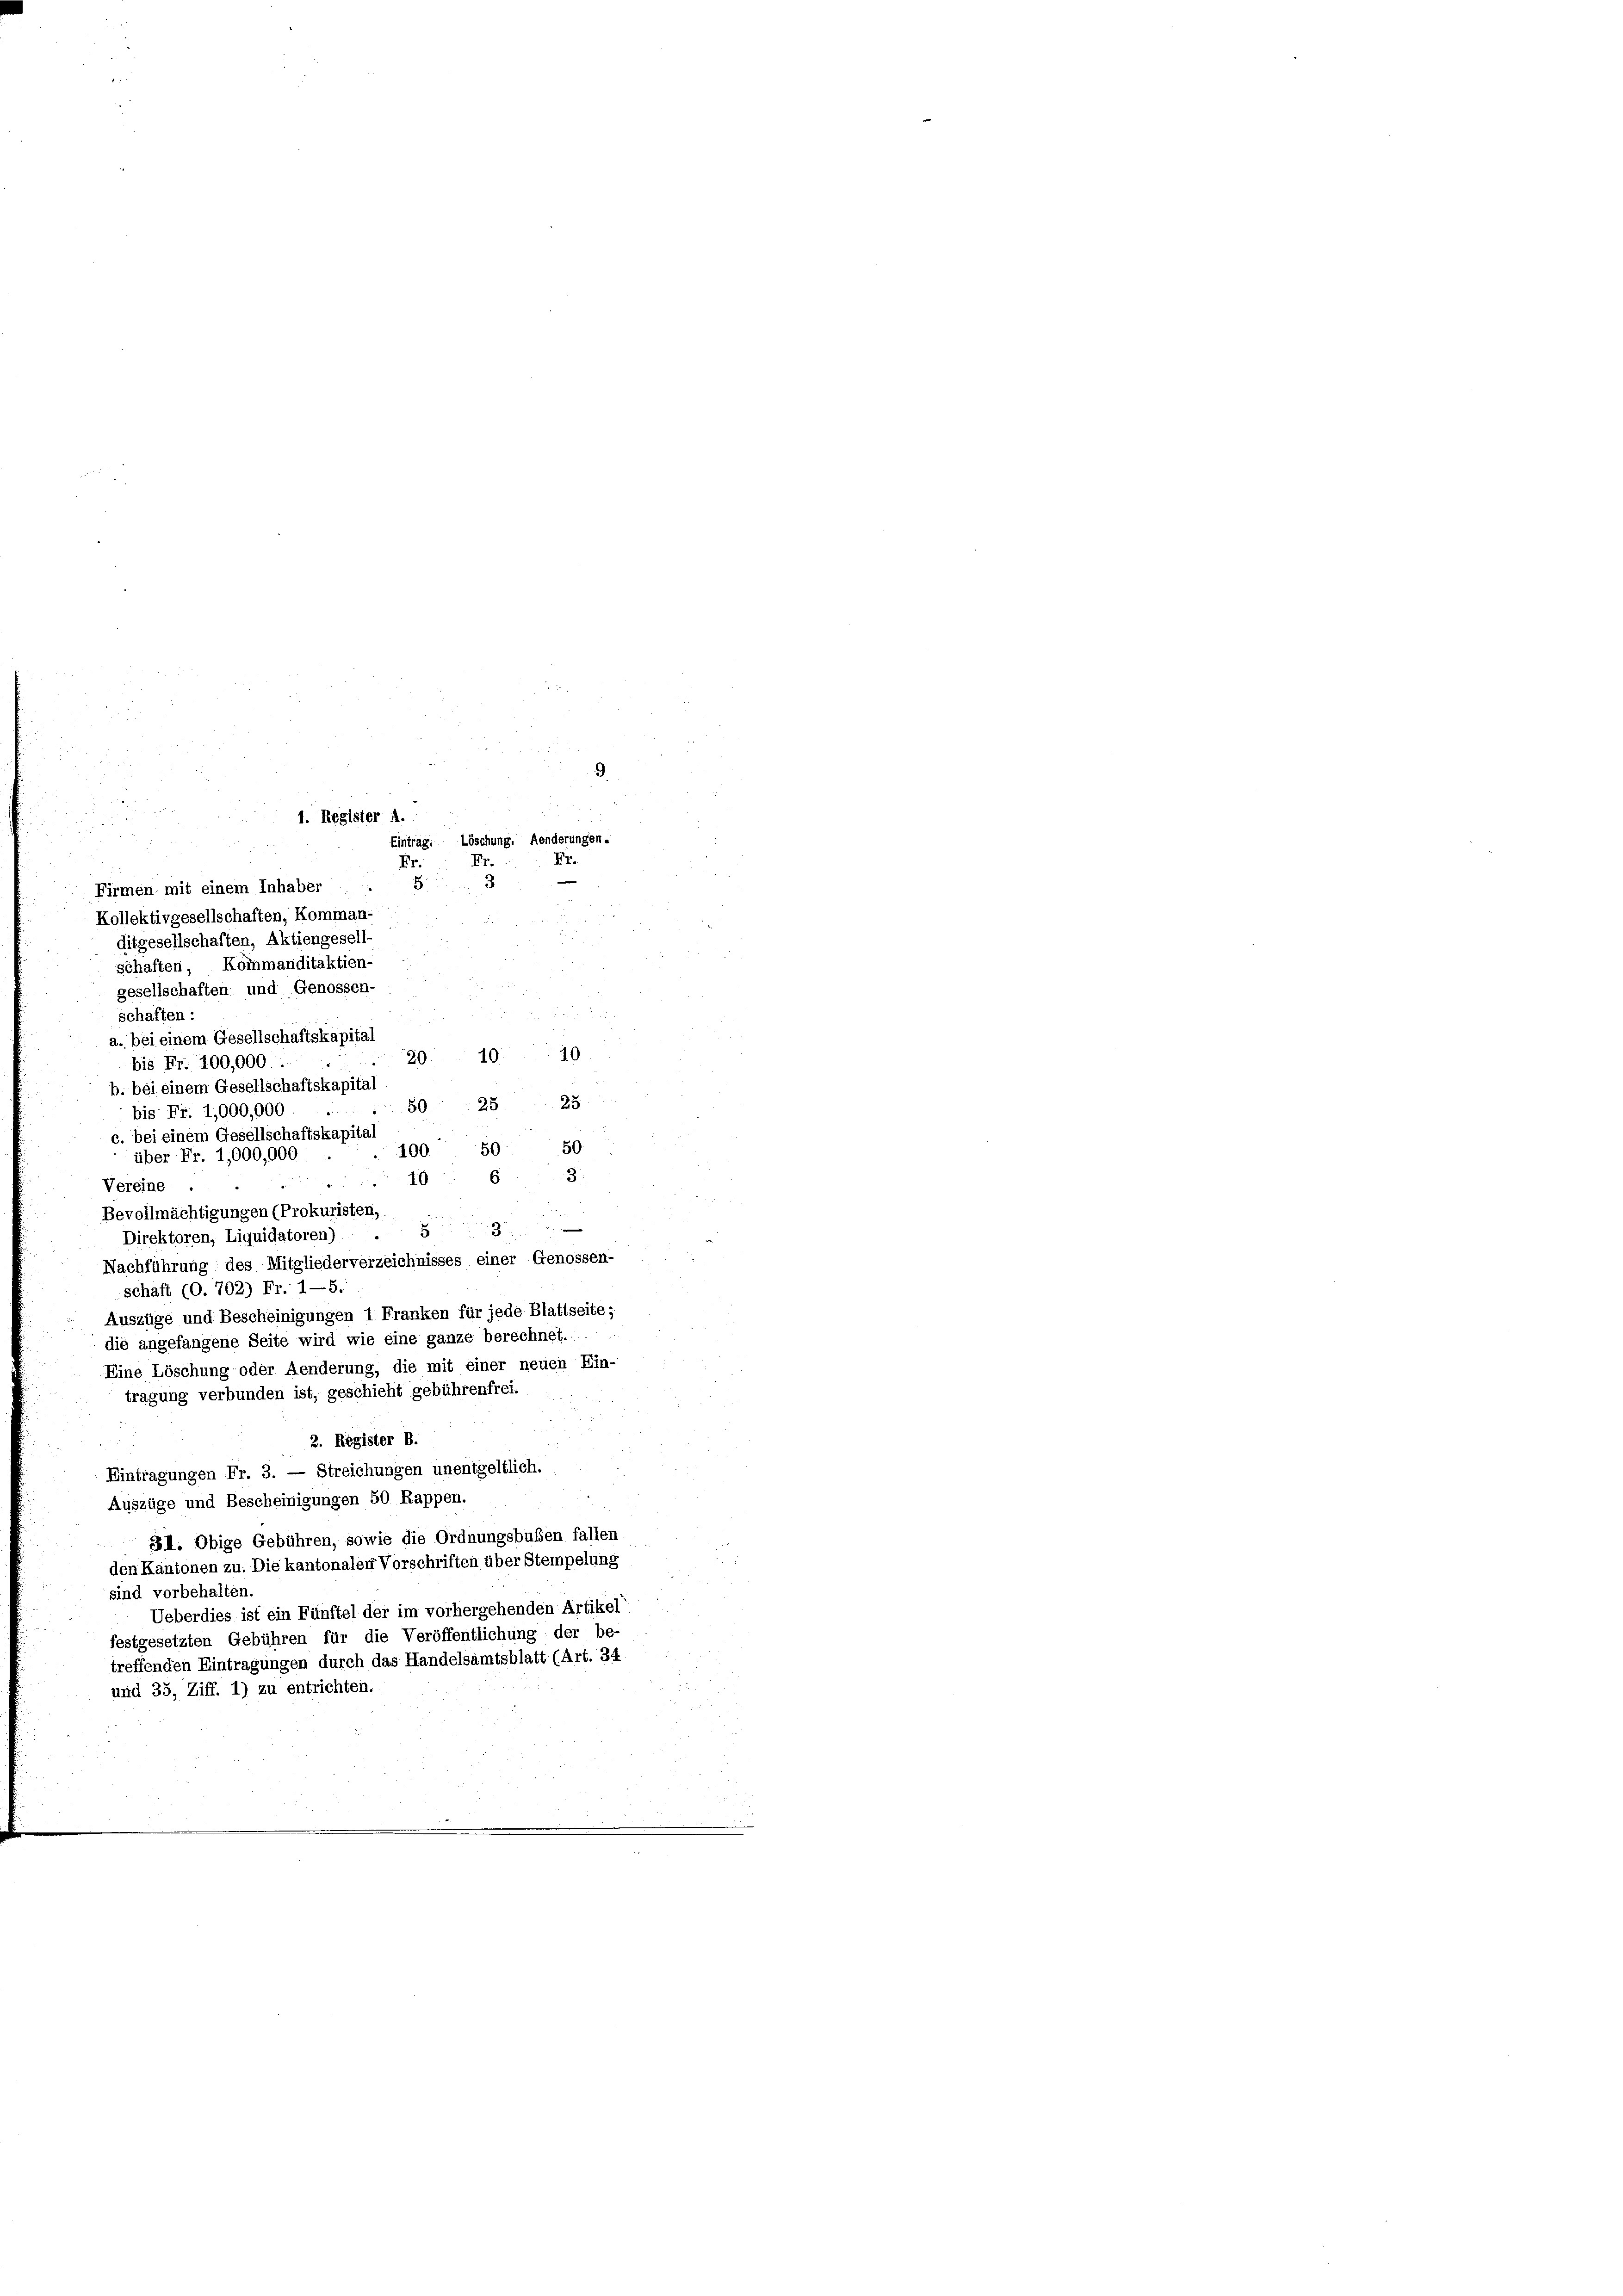
i
1. Register A.
Eintrag. Löschung. Aenderungen.

9.

Firmen mit einem Inhaber
Kollektivgesellschaften, Komman
ditgesellschaften, Aktiengesell-
schaften, Kommanditaktien.
gesellschaften und Genossen-
schaften:
2.
a. bei einem Gesellschaftskapital
10
10.
20.
bis Fr. 100,000
b. bei einem Gesellschaftskapital
5028 25
bis Fr. 1,000,000
c. bei einem Gesellschaftskapita
50
50
100.
über Fr. 1,000,000
63
10
Vereine
Bevollmächtigungen (Prokuristen,
Direktoren, Liquidatoren) . 53
Nachführung des Mitgliederverzeichnisses einer Genossen-
schaft (O. 702) Fr. 1—5.
Auszüge und Bescheinigungen 1. Franken für jede Blattseite;
die angefangene Seite wird wie eine ganze berechnet.
Eine Löschung oder Aenderung, die mit einer neuen Ein-
tragung verbunden ist, geschieht gebührenfrei.
2. Register B.
Eintragungen Fr. 3. — Streichungen unentgeltlich.
Auszüge und Bescheinigungen 50 Rappen.
SI. Obige Gebühren, sowie die Ordnungsbuben fallen
den Kantonen zu. Die kantonalen Vorschriften über Stempelung
sind vorbehalten.
Ueberdies ist ein Fünftel der im vorhergehenden Artikel
festgesetzten Gebühren für die Veröffentlichung der be-
treffenden Eintragungen durch das Handelsamtsblatt (Art. 34
und 35, Ziff. 1) zu entrichten.

Fr. Fr. Fr.
3
H